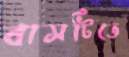
বাসটিতে